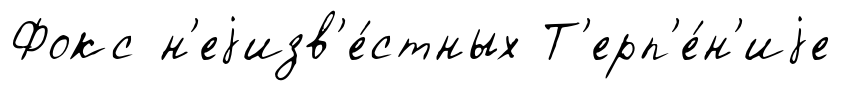
Фокс н'еjизв'е́стных Т'ерп'е́н'иjе